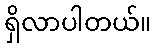
ရှိလာပါတယ်။